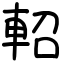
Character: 軺